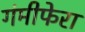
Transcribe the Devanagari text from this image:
गंमीफेरा